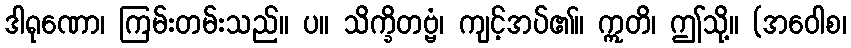
ဒါရုဏော၊ ကြမ်းတမ်းသည်။ ပ။ သိက္ခိတဗ္ဗံ၊ ကျင့်အပ်၏။ ဣတိ၊ ဤသို့။ (အဝေါစ၊